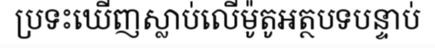
ប្រទះឃើញស្លាប់លើម៉ូតូអត្ថបទបន្ទាប់